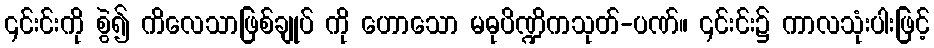
၎င်းင်းကို စွဲ၍ ကိလေသာဖြစ်ချုပ် ကို ဟောသော မဓုပိဏ္ဍိကသုတ်-ပဏ်။ ၎င်းင်း၌ ကာလသုံးပါးဖြင့်